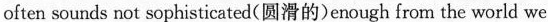
often sounds not sophisticated(圆滑的)enough from the world we